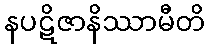
နပဋိဇာနိဿာမီတိ